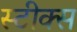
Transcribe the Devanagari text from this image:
स्टीक्स